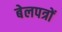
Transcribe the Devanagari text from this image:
बेलपत्रों